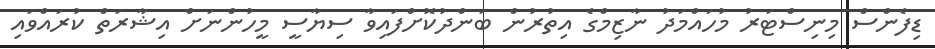
ޑިފެންސް މިނިސްޓަރު މުހައްމަދު ނާޒިމްގެ އިތުރުން ބަންދުކޮށްފައިވާ ސިޔާސީ މީހުންނަށް އިޝާރަތް ކުރައްވައި